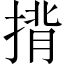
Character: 揹